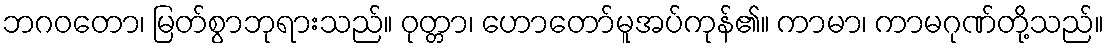
ဘဂဝတော၊ မြတ်စွာဘုရားသည်။ ဝုတ္တာ၊ ဟောတော်မူအပ်ကုန်၏။ ကာမာ၊ ကာမဂုဏ်တို့သည်။